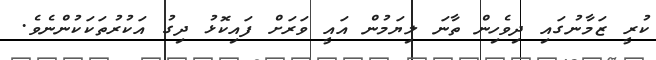
ކުރީ ޒަމާނުގައި ދިވެހިން ތާނަ ލިޔަމުން އައީ ވަރަށް ފައިކޮޅު ދިގު އަކުރުތަކަކުންނެވެ.